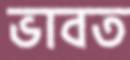
ভাবত